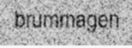
brummagen